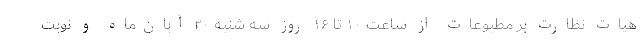
هیات نظارت بر مطبوعات از ساعت ۱۰ تا ۱۶ روز سه شنبه ۲۰ آبان‌ماه و نوبت